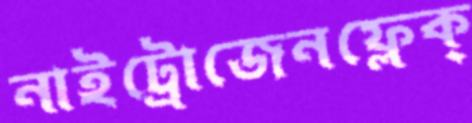
নাইট্রোজেনফ্লেক্